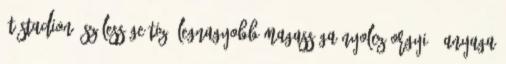
öt stadion, szélessége tiz, legnagyobb magassága nyolcz orgyié, anyaga